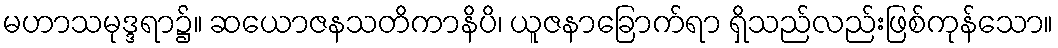
မဟာသမုဒ္ဒရာ၌။ ဆယောဇနသတိကာနိပိ၊ ယူဇနာခြောက်ရာ ရှိသည်လည်းဖြစ်ကုန်သော။